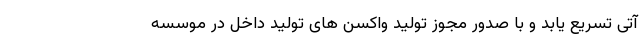
آتی تسریع یابد و با صدور مجوز توليد واکسن های تولید داخل در موسسه